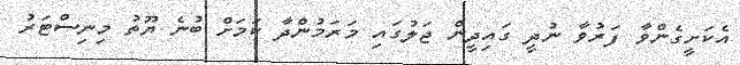
އެކަށީގެންވާ ފަރުވާ ނުދީ ގައިދީން ޖަލުގައި މަރަމުންދާ ކަމަށް ބުނެ ޔޫތު މިނިސްޓަރު